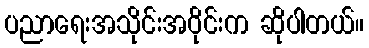
ပညာရေးအသိုင်းအဝိုင်းက ဆိုပါတယ်။